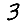
Digit: 3